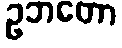
ဥဘတော